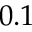
0 . 1